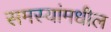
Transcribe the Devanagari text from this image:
समस्यांमधील